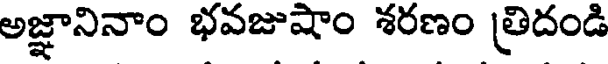
అజ్ఞానినాం భవజుషాం శరణం త్రిదండి